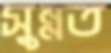
সুন্নত